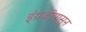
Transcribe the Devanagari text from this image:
इंग्रजीपासून